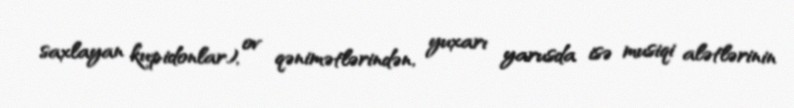
saxlayan kupidonlar), ov qənimətlərindən, yuxarı yarusda isə musiqi alətlərinin